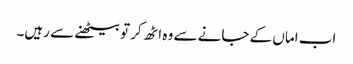
اب اماں کے جانے سے وہ اٹھ کر تو بیٹھنے سے رہیں۔